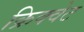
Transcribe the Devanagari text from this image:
क्रिक्वेट